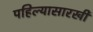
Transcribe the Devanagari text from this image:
पहिल्यासारखी